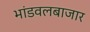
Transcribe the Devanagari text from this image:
भांडवलबाजार